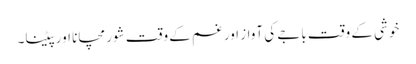
خوشی کے وقت باجے کی آواز اور غم کے وقت شور مچانا اور پیٹنا۔